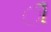
ૌ